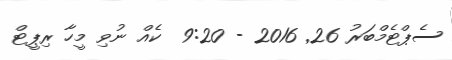
ސެޕްޓެމްބަރު 26